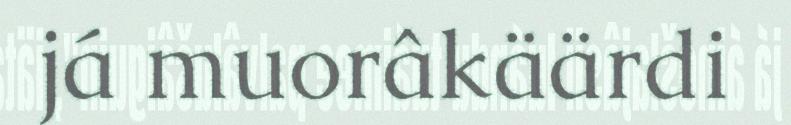
já muorâkäärdi